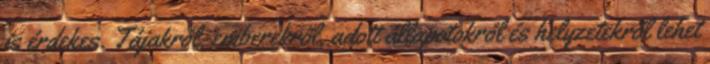
is érdekes. Tájakról, emberekről, adott állapotokról és helyzetekről lehet